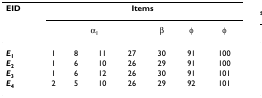
<table><thead><tr><td><b>EID</b></td><td colspan="7"><b>Items</b></td></tr><tr><td></td><td colspan="4"><b>α<sub>1</sub></b></td><td><b>β</b></td><td><b>φ</b></td><td><b>φ</b></td></tr></thead><tbody><tr><td><b><i>E</i><sub>1</sub></b></td><td>1</td><td>8</td><td>11</td><td>27</td><td>30</td><td>91</td><td>100</td></tr><tr><td><b><i>E</i><sub>2</sub></b></td><td>1</td><td>6</td><td>10</td><td>26</td><td>29</td><td>91</td><td>100</td></tr><tr><td><b><i>E</i><sub>3</sub></b></td><td>1</td><td>6</td><td>12</td><td>26</td><td>30</td><td>91</td><td>101</td></tr><tr><td><b><i>E</i><sub>4</sub></b></td><td>2</td><td>5</td><td>10</td><td>26</td><td>29</td><td>92</td><td>101</td></tr></tbody></table>